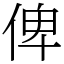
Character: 俾